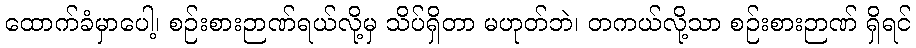
ထောက်ခံမှာပေါ့၊ စဉ်းစားဉာဏ်ရယ်လို့မှ သိပ်ရှိတာ မဟုတ်ဘဲ၊ တကယ်လို့သာ စဉ်းစားဉာဏ် ရှိရင်